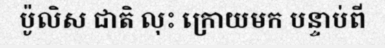
ប៉ូលិស ជាតិ លុះ ក្រោយមក បន្ទាប់ពី